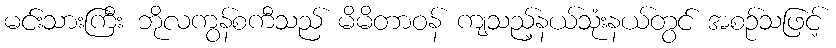
မင်းသားကြီး ဘိုလကွန်စကီသည် မိမိတာဝန် ကျသည့်နယ်သုံးနယ်တွင် အစဉ်သဖြင့်